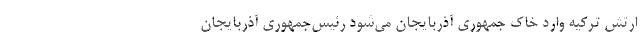
ارتش ترکیه وارد خاک جمهوری آذربایجان می‌شود رئیس‌جمهوری آذربایجان